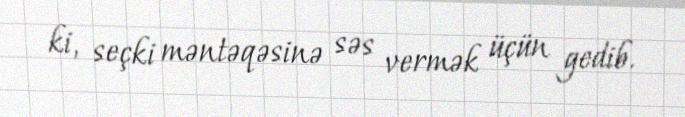
ki, seçki məntəqəsinə səs vermək üçün gedib.